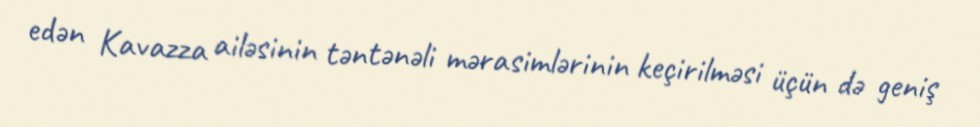
edən Kavazza ailəsinin təntənəli mərasimlərinin keçirilməsi üçün də geniş